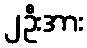
၂ဦးအား